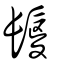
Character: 鬉